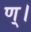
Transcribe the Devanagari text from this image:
ण्।